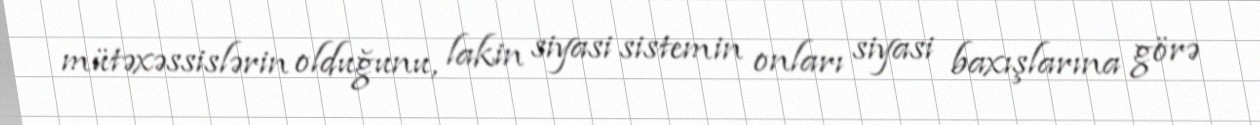
mütəxəssislərin olduğunu, lakin siyasi sistemin onları siyasi baxışlarına görə